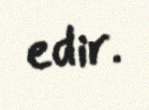
edir.